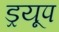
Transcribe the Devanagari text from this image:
ड्रयूप